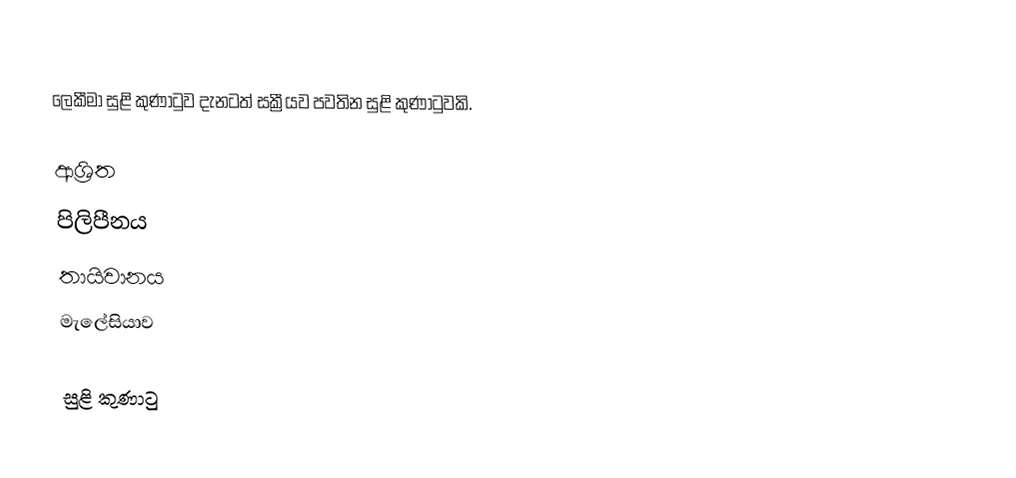
ලෙකීමා සුළි කුණාටුව දැනටත් සක්‍රීයව පවතින සුළි කුණාටුවකි.

ආශ්‍රිත
 පිලිපීනය
 තායිවානය
 මැලේසියාව

සුළි කුණාටු